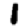
Digit: 1